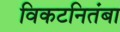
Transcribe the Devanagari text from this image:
विकटनितंबा